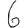
Digit: 6